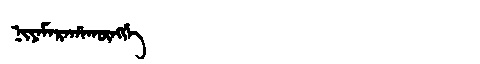
Manchu: ᠨᡳᠶᠠᠮᠠᡵᠠᡥᠠᡴᡡᠩᡤᡝ
Romanization: NIYAMARAHAKŪNGGE